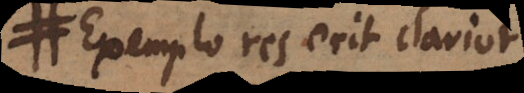
Exemplo res erit clarior.